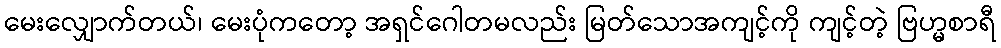
မေးလျှောက်တယ်၊ မေးပုံကတော့ အရှင်ဂေါတမလည်း မြတ်သောအကျင့်ကို ကျင့်တဲ့ ဗြဟ္မစာရီ